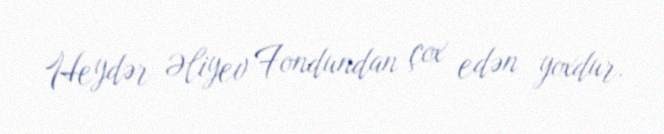
Heydər Əliyev Fondundan çox edən yoxdur.